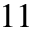
1 1